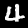
Label: 4